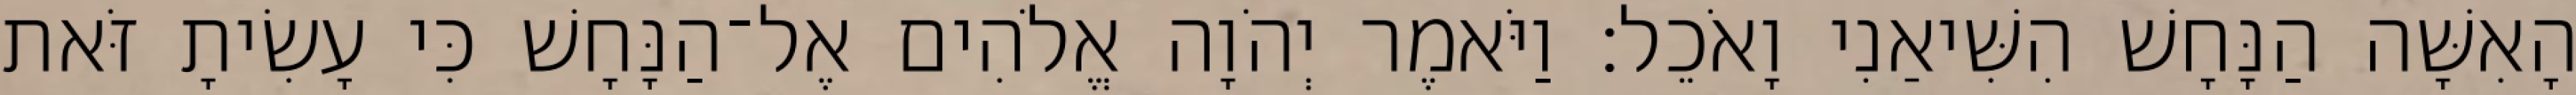
הָאִשָּׁה הַנָּחָשׁ הִשִּׁיאַנִי וָאֹכֵל׃ וַיֹּאמֶר יְהֹוָה אֱלֹהִים אֶל־הַנָּחָשׁ כִּי עָשִׂיתָ זֹּאת